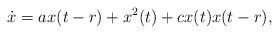
LaTeX: \begin{align*}\dot{x}=ax(t-r)+x^2(t)+cx(t)x(t-r),\end{align*}